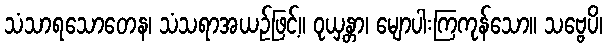
သံသာရသောတေန၊ သံသရာအယဉ်ဖြင့်။ ဝုယှန္တာ၊ မျောပါးကြကုန်သော။ သဗ္ဗေပိ၊